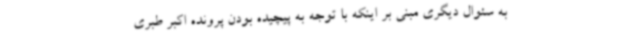
به سئوال دیگری مبنی بر اینکه با توجه به پیچیده بودن پرونده اکبر طبری